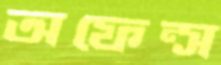
অফেন্স